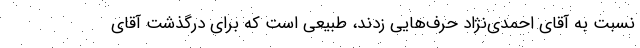
نسبت به آقای احمدی‌نژاد حرف‌هایی زدند، طبیعی است که برای درگذشت آقای